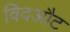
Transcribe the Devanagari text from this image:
विदऔट